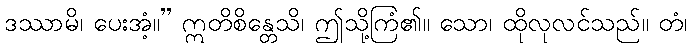
ဒဿာမိ၊ ပေးအံ့။” ဣတိစိန္တေသိ၊ ဤသို့ကြံ၏။ သော၊ ထိုလုလင်သည်။ တံ၊